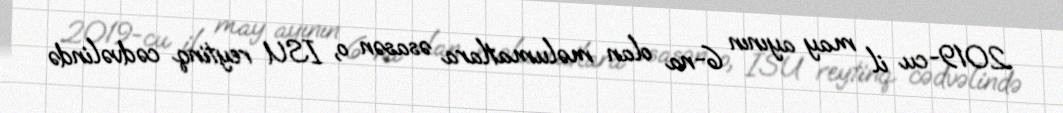
2019-cu il may ayının 6-na olan məlumatlara əsasən o, ISU reytinq cədvəlində